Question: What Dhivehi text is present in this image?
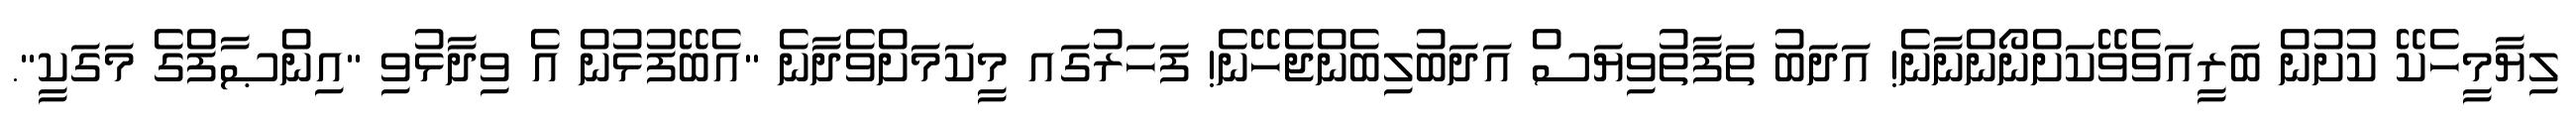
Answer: ލިޔާމީހެކޭ ކުށުން ބަރީއަވެވޭކަށްނޯންނާނެ! އަދަބު ތަފާތުވިޔަސް އަދަބުލިބެންޖެހޭނެ! ފަހަރުގައ މީކަމަށްވެދާނެ "އެބޭފުޅުން އެ ވިދާޅުވި "އިންޞާފްގެ މަގަކީ".